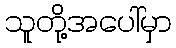
သူတို့အပေါ်မှာ